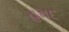
હમદ